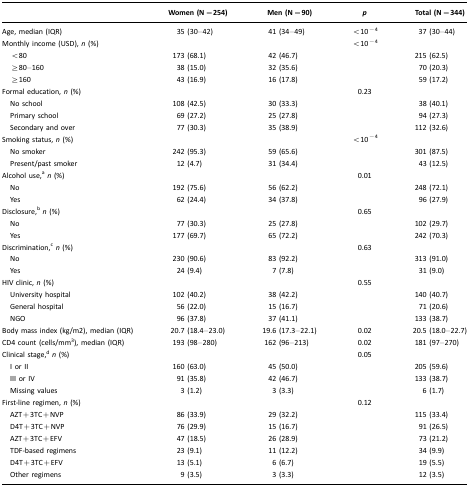
<table><thead><tr><td></td><td><b>Women (N=254)</b></td><td><b>Men (N=90)</b></td><td><b><i>p</i></b></td><td><b>Total (N=344)</b></td></tr></thead><tbody><tr><td>Age, median (IQR)</td><td>35 (30–42)</td><td>41 (34–49)</td><td>&lt;10<sup>−4</sup></td><td>37 (30–44)</td></tr><tr><td>Monthly income (USD), <i>n</i> (%)</td><td></td><td></td><td>&lt;10<sup>−4</sup></td><td></td></tr><tr><td> &lt;80</td><td>173 (68.1)</td><td>42 (46.7)</td><td></td><td>215 (62.5)</td></tr><tr><td> ≥80–160</td><td>38 (15.0)</td><td>32 (35.6)</td><td></td><td>70 (20.3)</td></tr><tr><td> ≥160</td><td>43 (16.9)</td><td>16 (17.8)</td><td></td><td>59 (17.2)</td></tr><tr><td>Formal education, <i>n</i> (%)</td><td></td><td></td><td>0.23</td><td></td></tr><tr><td> No school</td><td>108 (42.5)</td><td>30 (33.3)</td><td></td><td>38 (40.1)</td></tr><tr><td> Primary school</td><td>69 (27.2)</td><td>25 (27.8)</td><td></td><td>94 (27.3)</td></tr><tr><td> Secondary and over</td><td>77 (30.3)</td><td>35 (38.9)</td><td></td><td>112 (32.6)</td></tr><tr><td>Smoking status, <i>n</i> (%)</td><td></td><td></td><td>&lt;10<sup>−4</sup></td><td></td></tr><tr><td> No smoker</td><td>242 (95.3)</td><td>59 (65.6)</td><td></td><td>301 (87.5)</td></tr><tr><td> Present/past smoker</td><td>12 (4.7)</td><td>31 (34.4)</td><td></td><td>43 (12.5)</td></tr><tr><td>Alcohol use,a<i>n</i> (%)</td><td></td><td></td><td>0.01</td><td></td></tr><tr><td> No</td><td>192 (75.6)</td><td>56 (62.2)</td><td></td><td>248 (72.1)</td></tr><tr><td> Yes</td><td>62 (24.4)</td><td>34 (37.8)</td><td></td><td>96 (27.9)</td></tr><tr><td>Disclosure,b<i>n</i> (%)</td><td></td><td></td><td>0.65</td><td></td></tr><tr><td> No</td><td>77 (30.3)</td><td>25 (27.8)</td><td></td><td>102 (29.7)</td></tr><tr><td> Yes</td><td>177 (69.7)</td><td>65 (72.2)</td><td></td><td>242 (70.3)</td></tr><tr><td>Discrimination,c<i>n</i> (%)</td><td></td><td></td><td>0.63</td><td></td></tr><tr><td> No</td><td>230 (90.6)</td><td>83 (92.2)</td><td></td><td>313 (91.0)</td></tr><tr><td> Yes</td><td>24 (9.4)</td><td>7 (7.8)</td><td></td><td>31 (9.0)</td></tr><tr><td>HIV clinic, <i>n</i> (%)</td><td></td><td></td><td>0.55</td><td></td></tr><tr><td> University hospital</td><td>102 (40.2)</td><td>38 (42.2)</td><td></td><td>140 (40.7)</td></tr><tr><td> General hospital</td><td>56 (22.0)</td><td>15 (16.7)</td><td></td><td>71 (20.6)</td></tr><tr><td> NGO</td><td>96 (37.8)</td><td>37 (41.1)</td><td></td><td>133 (38.7)</td></tr><tr><td>Body mass index (kg/m2), median (IQR)</td><td>20.7 (18.4–23.0)</td><td>19.6 (17.3–22.1)</td><td>0.02</td><td>20.5 (18.0–22.7)</td></tr><tr><td>CD4 count (cells/mm<sup>3</sup>), median (IQR)</td><td>193 (98–280)</td><td>162 (96–213)</td><td>0.02</td><td>181 (97–270)</td></tr><tr><td>Clinical stage,d<i>n</i> (%)</td><td></td><td></td><td>0.05</td><td></td></tr><tr><td> I or II</td><td>160 (63.0)</td><td>45 (50.0)</td><td></td><td>205 (59.6)</td></tr><tr><td> III or IV</td><td>91 (35.8)</td><td>42 (46.7)</td><td></td><td>133 (38.7)</td></tr><tr><td> Missing values</td><td>3 (1.2)</td><td>3 (3.3)</td><td></td><td>6 (1.7)</td></tr><tr><td>First-line regimen, <i>n</i> (%)</td><td></td><td></td><td>0.12</td><td></td></tr><tr><td> AZT+3TC+NVP</td><td>86 (33.9)</td><td>29 (32.2)</td><td></td><td>115 (33.4)</td></tr><tr><td> D4T+3TC+NVP</td><td>76 (29.9)</td><td>15 (16.7)</td><td></td><td>91 (26.5)</td></tr><tr><td> AZT+3TC+EFV</td><td>47 (18.5)</td><td>26 (28.9)</td><td></td><td>73 (21.2)</td></tr><tr><td> TDF-based regimens</td><td>23 (9.1)</td><td>11 (12.2)</td><td></td><td>34 (9.9)</td></tr><tr><td> D4T+3TC+EFV</td><td>13 (5.1)</td><td>6 (6.7)</td><td></td><td>19 (5.5)</td></tr><tr><td> Other regimens</td><td>9 (3.5)</td><td>3 (3.3)</td><td></td><td>12 (3.5)</td></tr></tbody></table>